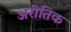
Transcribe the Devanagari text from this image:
अरीतिक